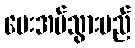
ပေးအပ်သွားမည်